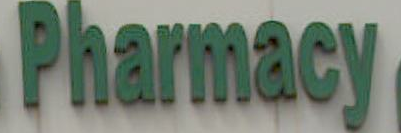
Pharmacy